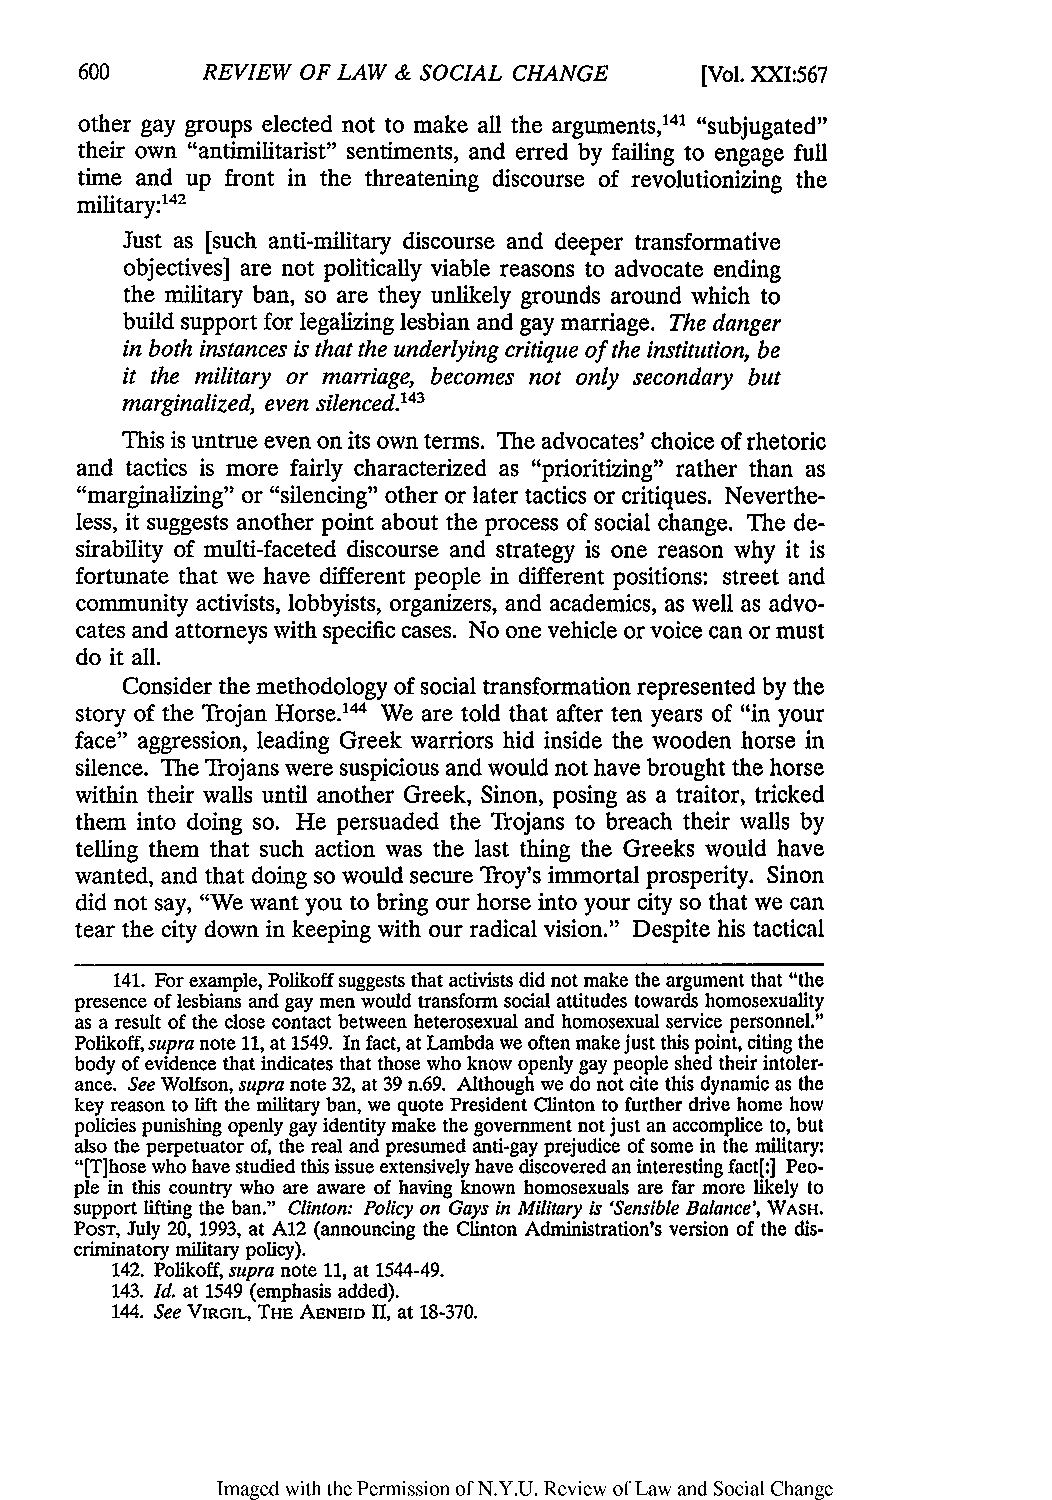
REVIEW OF LAW & SOCIAL CHANGE    [Vol. XXI:567
 other gay groups elected not to make all the arguments,141 "subjugated"
 their own "antimilitarist" sentiments, and erred by failing to engage full
 time and up front in the threatening discourse of revolutionizing the
 142
 military:
 Just as [such anti-military discourse and deeper transformative
 objectives] are not politically viable reasons to advocate ending
 the military ban, so are they unlikely grounds around which to
 build support for legalizing lesbian and gay marriage. The danger
 in both instances is that the underlying critique of the institution, be
 it the military or marriage, becomes not only secondary but
 marginalized, even
 silenced.'43
 This is untrue even on its own terms. The advocates' choice of rhetoric
 and tactics is more fairly characterized as "prioritizing" rather than as
 "marginalizing" or "silencing" other or later tactics or critiques. Neverthe-
 less, it suggests another point about the process of social change. The de-
 sirability of multi-faceted discourse and strategy is one reason why it is
 fortunate that we have different people in different positions: street and
 community activists, lobbyists, organizers, and academics, as well as advo-
 cates and attorneys with specific cases. No one vehicle or voice can or must
 do it all.
 Consider the methodology of social transformation represented by the
 story of the Trojan Horse.1" We are told that after ten years of "in your
 face" aggression, leading Greek warriors hid inside the wooden horse in
 silence. The Trojans were suspicious and would not have brought the horse
 within their walls until another Greek, Sinon, posing as a traitor, tricked
 them into doing so. He persuaded the Trojans to breach their walls by
 telling them that such action was the last thing the Greeks would have
 wanted, and that doing so would secure Troy's immortal prosperity. Sinon
 did not say, "We want you to bring our horse into your city so that we can
 tear the city down in keeping with our radical vision." Despite his tactical
 141. For example, Polikoff suggests that activists did not make the argument that "the
 presence of lesbians and gay men would transform social attitudes towards homosexuality
 as a result of the close contact between heterosexual and homosexual service personnel."
 Polikoff, supra note 11, at 1549. In fact, at Lambda we often make just this point, citing the
 body of evidence that indicates that those who know openly gay people shed their intoler-
 ance. See Wolfson, supra note 32, at 39 n.69. Although we do not cite this dynamic as the
 key reason to lift the military ban, we quote President Clinton to further drive home how
 policies punishing openly gay identity make the government not just an accomplice to, but
 also the perpetuator of, the real and presumed anti-gay prejudice of some in the military:
 "[T]hose who have studied this issue extensively have discovered an interesting fact[:] Peo-
 ple in this country who are aware of having known homosexuals are far more likely to
 support lifting the ban." Clinton: Policy on Gays in Military is 'Sensible Balance', WASH.
 POST, July 20, 1993, at A12 (announcing the Clinton Administration's version of the dis-
 criminatory military policy).
 142. Polikoff, supra note 11, at 1544-49.
 143. Id. at 1549 (emphasis added).
 144. See VIRGIL, THE AENEID II, at 18-370.
 Imaged with the Permission of N.Y.U. Review of Law and Social Change